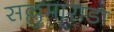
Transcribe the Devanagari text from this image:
सल्लुमाराडा